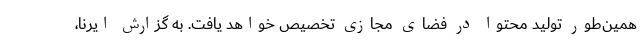
همین‌طور تولید محتوا در فضای مجازی تخصیص خواهد یافت. به گزارش ایرنا،